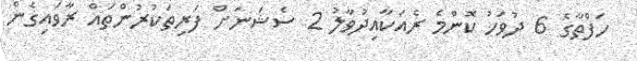
ހަފްތާގެ 6 ދުވަހު ކޮންމެ ރެއަކާއިދުވާލު 2 ސެޝަނަށް ފަރިތަކުރުންތައް ރާވައިގެން